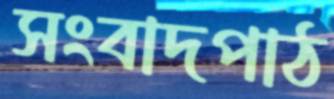
সংবাদপাঠ